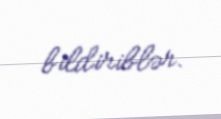
bildiriblər.